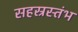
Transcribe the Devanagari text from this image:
सहस्रस्तंभ